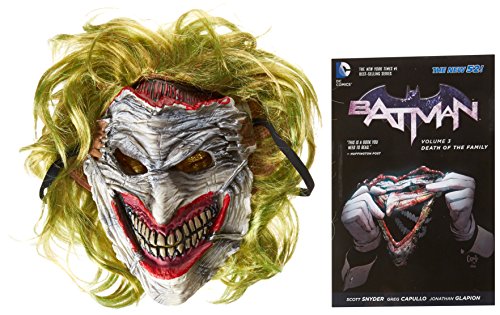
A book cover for Batman: Death of the Family Book and Joker Mask Set; Scott Snyder; Comics & Graphic Novels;